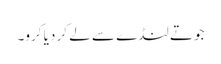
جوتے لنڈے سے لے کر دیا کرو۔